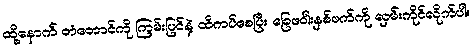
ထို့နောက် တံတောင်ကို ကြမ်းပြင်နဲ့ ထိကပ်စေပြီး ခြေဖဝါးနှစ်ဖက်ကို လှမ်းကိုင်လိုက်ပါ။